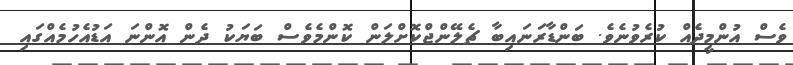
ވެސް އުންމީދެއް ކުރެވުނެވެ. ބަންޑާރަނައިބާ ޗެލޭންޖްކޮށްލަން ކޮންމެވެސް ބަޔަކު ދެން އޮންނަ އަޑުއެހުމެއްގައި